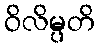
ဝိလိမ္ပတိ